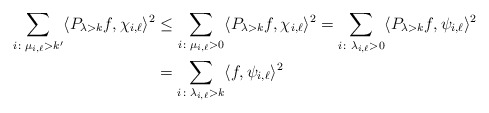
\begin{align*}\sum_{i \colon \mu_{i,\ell} > k'} \langle P_{\lambda > k} f, \chi_{i,\ell} \rangle^2&\leq \sum_{i \colon \mu_{i,\ell} > 0} \langle P_{\lambda > k} f, \chi_{i,\ell} \rangle^2= \sum_{i \colon \lambda_{i,\ell} > 0} \langle P_{\lambda > k} f, \psi_{i,\ell} \rangle^2\\&= \sum_{i \colon \lambda_{i,\ell} > k} \langle f, \psi_{i,\ell} \rangle^2\end{align*}